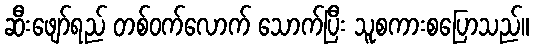
ဆီးဖျော်ရည် တစ်ဝက်လောက် သောက်ပြီး သူစကားစပြောသည်။